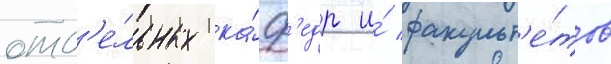
отд'е́льных ка́ф'едр и́ факульт'е́тов